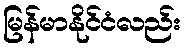
မြန်မာနိုင်ငံလည်း